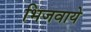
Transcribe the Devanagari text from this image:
भिजवाये